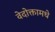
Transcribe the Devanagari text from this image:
वेदोक्तामधे